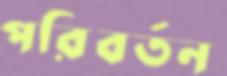
পরিবর্তন